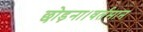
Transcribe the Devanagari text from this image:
छोड़ना।वर्तमान